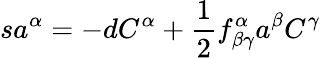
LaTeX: sa^{\alpha}=-dC^{\alpha}+\frac{1}{2}f_{\beta\gamma}^{\alpha}a^{\beta}C^{\gamma}